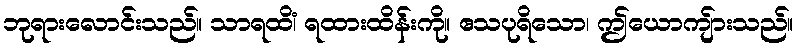
ဘုရားလောင်းသည်။ သာရထိံ၊ ရထားထိန်းကို။ ဧသပုရိသော၊ ဤယောကျ်ားသည်။